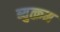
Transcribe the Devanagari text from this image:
ब्युत्क्रम